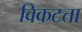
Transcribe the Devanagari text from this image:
विकटता